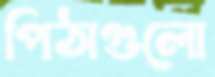
পিঠাগুলো